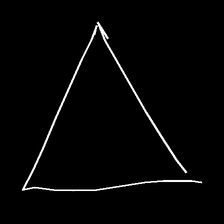
Glyph: convergence